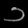
Digit: ၁